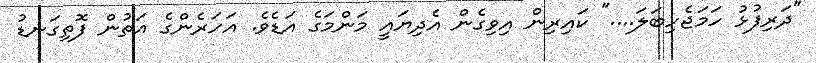
"ދަރިފުޅު ހަމަޖެހިބަލަ...." ކައިރިން އިވިގެން އެދިޔައީ މަންމަގެ އަޑެވެ. އަހަރެންގެ އަތުން ފޮތިގަނޑު